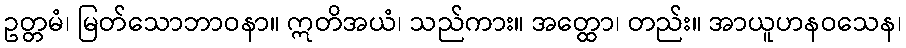
ဥတ္တမံ၊ မြတ်သောဘာဝနာ။ ဣတိအယံ၊ သည်ကား။ အတ္ထော၊ တည်း။ အာယူဟနဝသေန၊